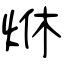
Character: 烌